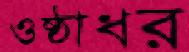
ওষ্ঠাধর